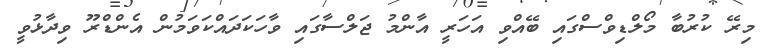
މިރޭ ކުރުބާ މޯލްޑިވްސްގައި ބޭއްވި އަހަރީ އާންމު ޖަލްސާގައި ވާހަކަދައްކަވަމުން އެންޑްރޫ ވިދާޅުވީ